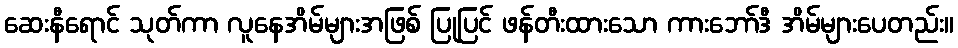
ဆေးနီရောင် သုတ်ကာ လူနေအိမ်များအဖြစ် ပြုပြင် ဖန်တီးထားသော ကားဘော်ဒီ အိမ်များပေတည်း။